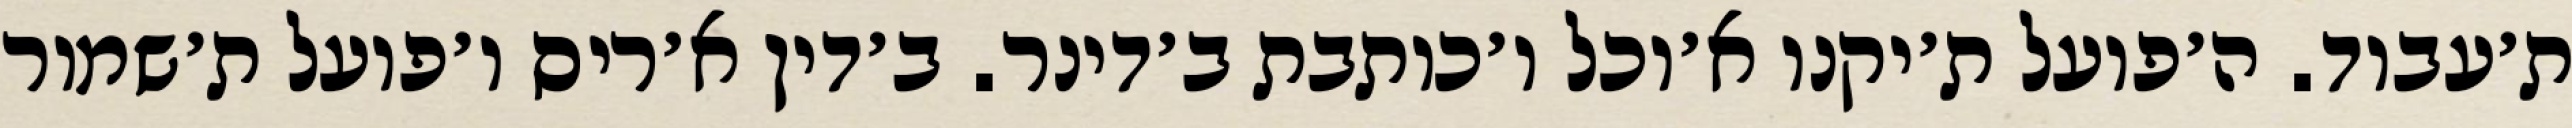
ת׳עבוד. ה׳פועל ת׳יקנו א׳וכל ו׳כותבת ב׳דינר. ב׳דין א׳ריס ו׳פועל ת׳שמור